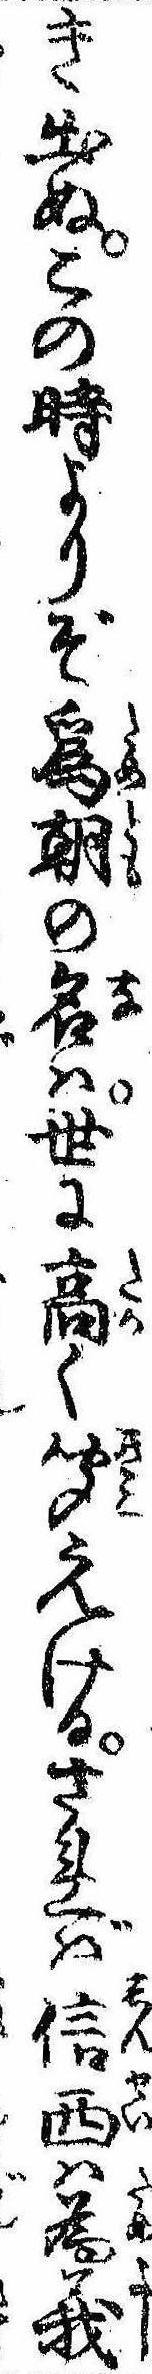
き出ぬこの時よりぞ為朝の名は世に高く聞えけるされば信西は為義